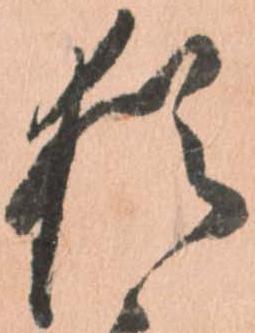
猶